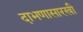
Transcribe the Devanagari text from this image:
दाभणासारखी